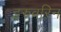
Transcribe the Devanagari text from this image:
इरुवरिन